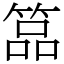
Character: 𥰔